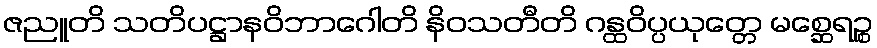
ဇညူတိ သတိပဋ္ဌာနဝိဘာဂေါတိ နိဝသတီတိ ဂန္ထဝိပ္ပယုတ္တေ မစ္ဆေရဉ္စ